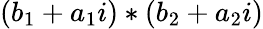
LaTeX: (b_{1}+a_{1}i)*(b_{2}+a_{2}i)